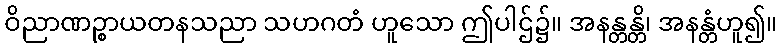
ဝိညာဏဉ္စာယတနသညာ သဟဂတံ ဟူသော ဤပါဌ်၌။ အနန္တန္တိ၊ အနန္တံဟူ၍။